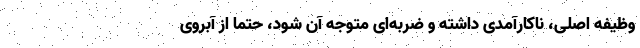
وظیفه اصلی، ناکارآمدی داشته و ضربه‌ای متوجه آن شود،‌ حتما از آبروی